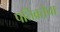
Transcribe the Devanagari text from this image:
पतिव्रतेचा